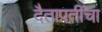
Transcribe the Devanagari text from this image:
दैतापतींचा